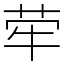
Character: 荦